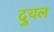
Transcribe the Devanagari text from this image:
दुवल